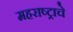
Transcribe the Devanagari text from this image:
महराष्ट्राचे